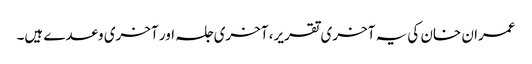
عمران خان کی یہ آخری تقریر، آخری جلسہ اور آخری وعدے ہیں۔